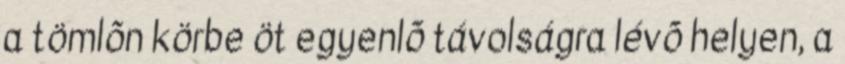
a tömlõn körbe öt egyenlõ távolságra lévõ helyen, a